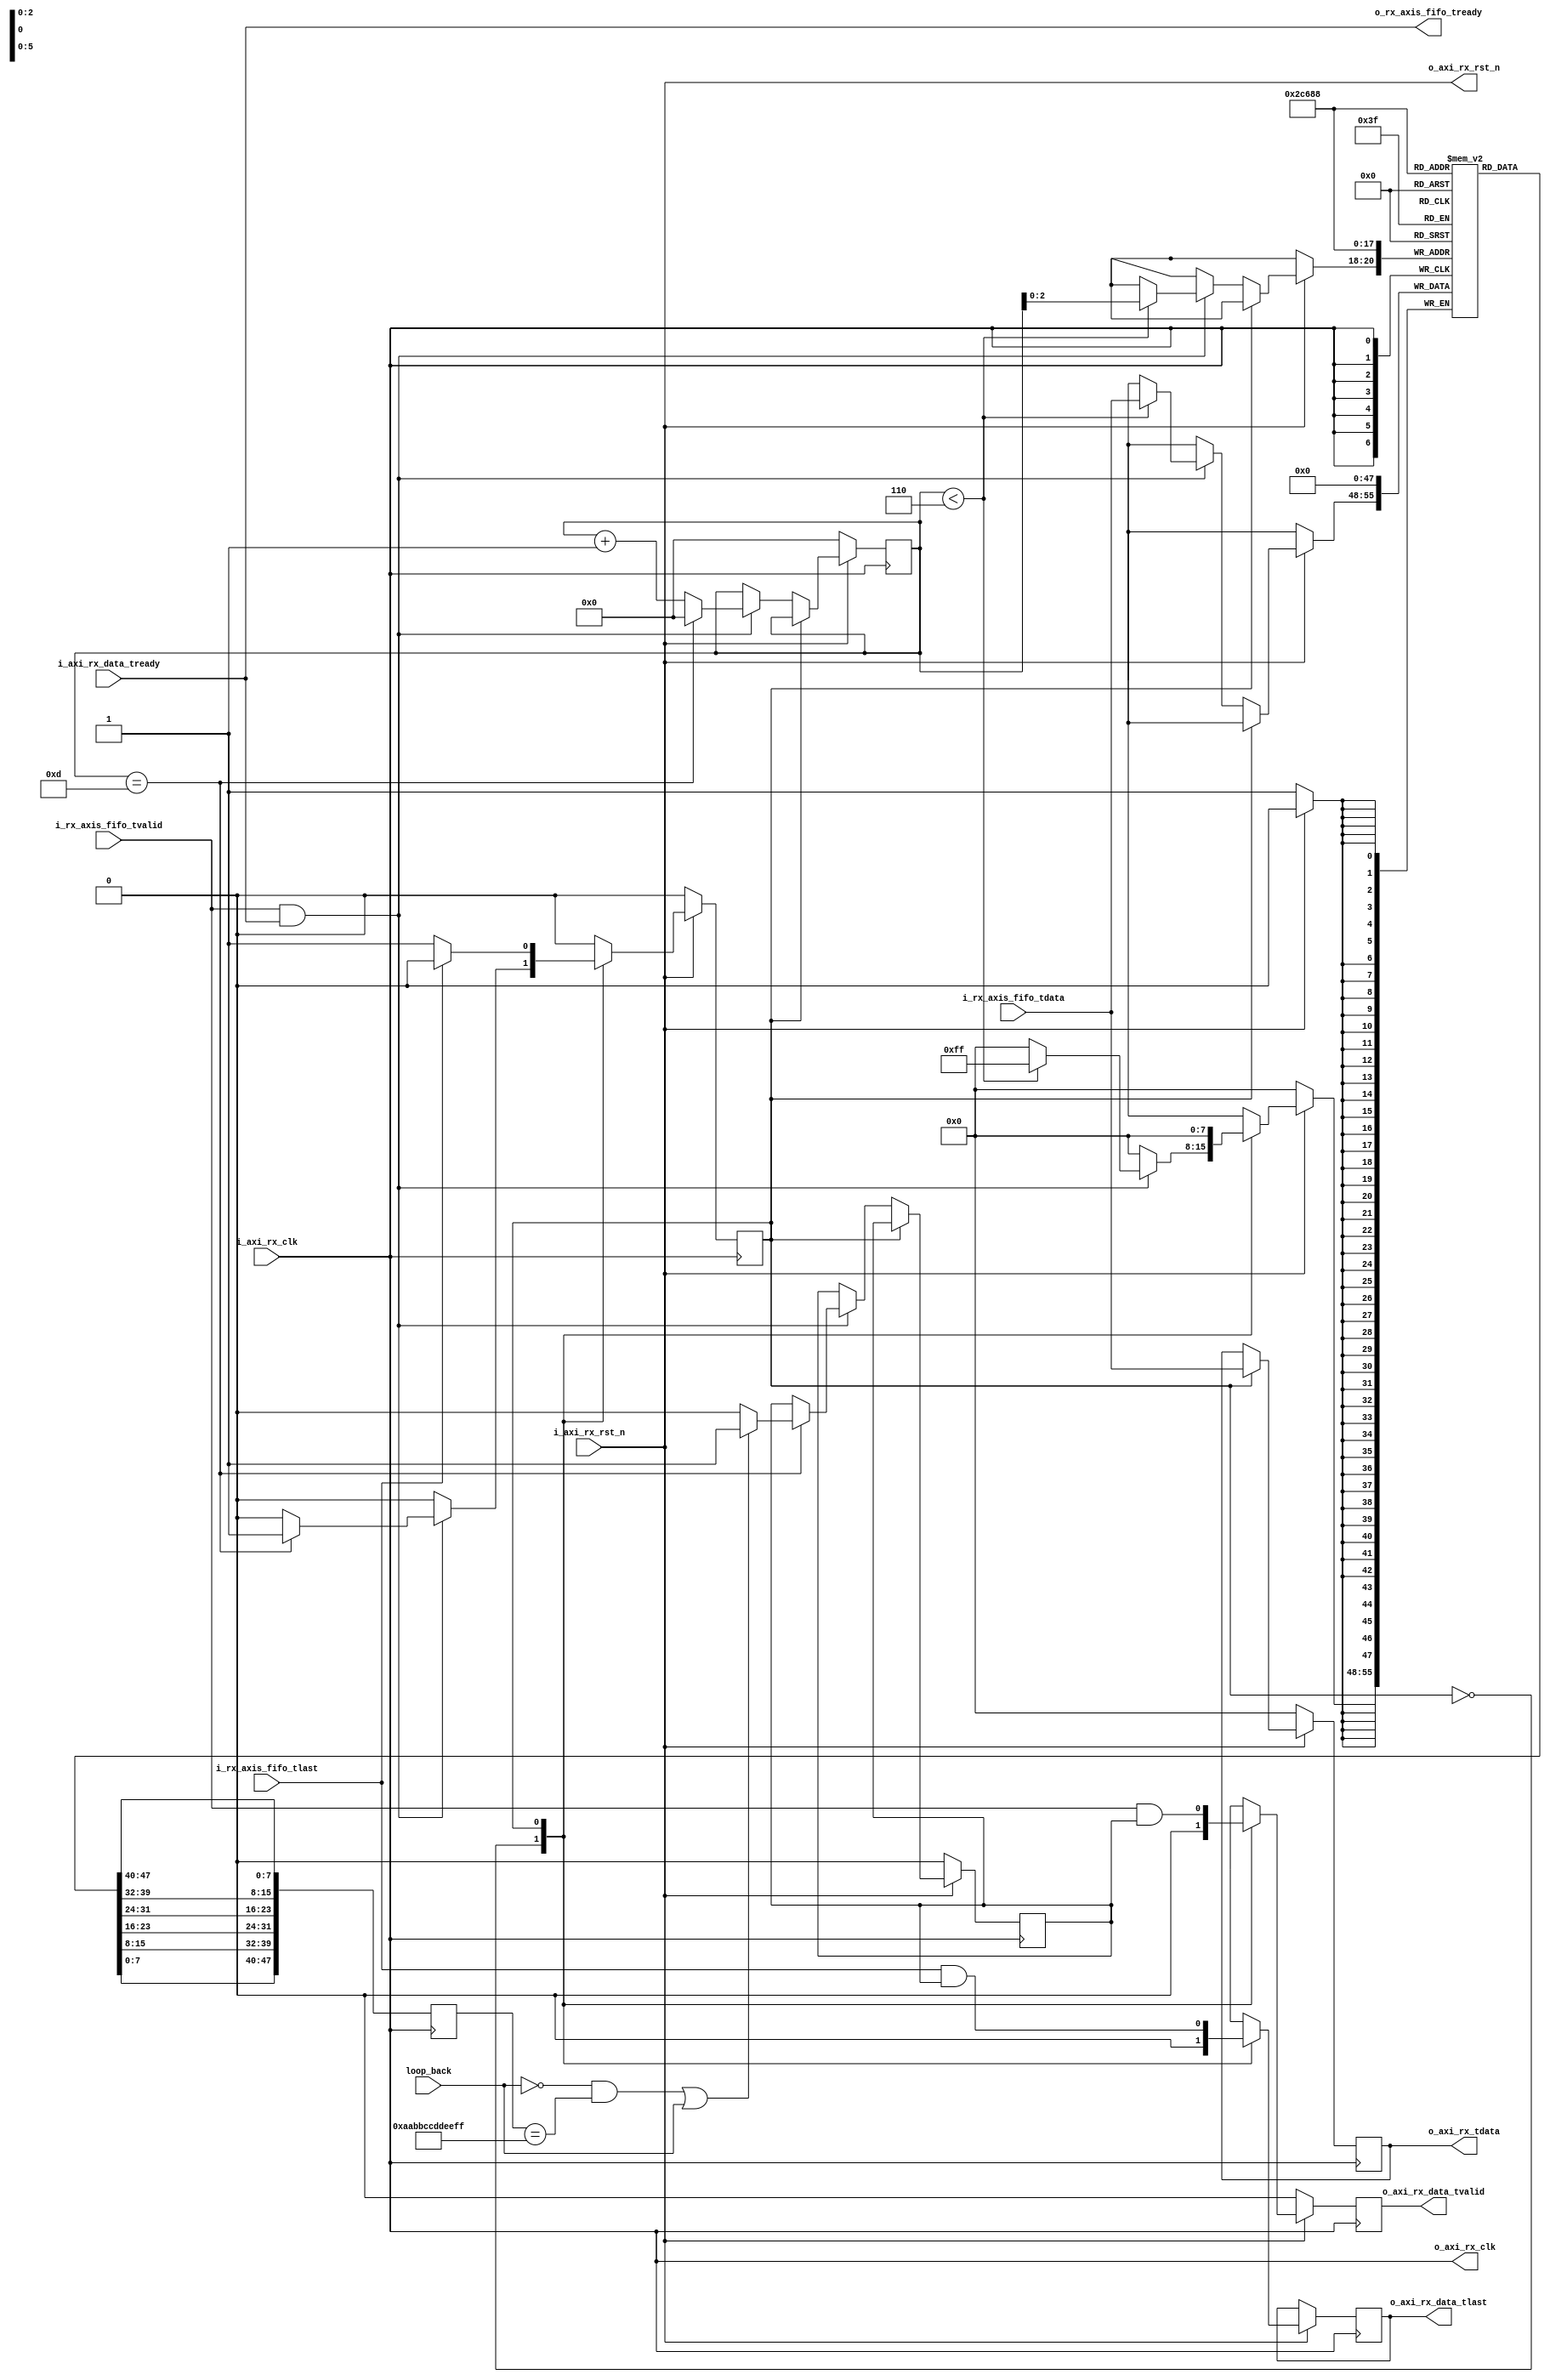
//--------------------------------------------------------------------------------
// Project    : SWITCH
// Version    : 0.2
//
// Description: Ethernet Rx Module Unpacker
//
//--------------------------------------------------------------------------------


module eth_rcr_unpack #(parameter unpack_dst_addr = 48'hAABBCCDDEEFF)(
//from ethernet client fifo
input    	      i_axi_rx_clk,
input    	      i_axi_rx_rst_n,
input    	      i_rx_axis_fifo_tvalid,
input  [7:0]      i_rx_axis_fifo_tdata,
input             i_rx_axis_fifo_tlast,
output            o_rx_axis_fifo_tready,
//to the user
output            o_axi_rx_clk,
output            o_axi_rx_rst_n,
output reg [7:0]  o_axi_rx_tdata,
output reg        o_axi_rx_data_tvalid,
input             i_axi_rx_data_tready,
output reg        o_axi_rx_data_tlast,
input             loop_back
);

assign o_axi_rx_clk   =   i_axi_rx_clk;
assign o_axi_rx_rst_n =   i_axi_rx_rst_n;
assign o_rx_axis_fifo_tready = i_axi_rx_data_tready;

reg [3:0] pkt_len_cntr;
reg [7:0] dest_addr [5:0];
reg [47:0] destination_addr;
reg state;
reg no_filter;

parameter idle       = 1'b0,
          stream_pkt = 1'b1;
 
always @(posedge i_axi_rx_clk)
begin
    if(~i_axi_rx_rst_n)
	begin
	    o_axi_rx_data_tvalid   <=    1'b0;
		state                  <=    idle;
		pkt_len_cntr           <=    4'd0;
        o_axi_rx_tdata         <=    8'd0;
        no_filter              <=    1'b0;
        dest_addr[0]           <=    8'd0;
        dest_addr[1]           <=    8'd0;
        dest_addr[2]           <=    8'd0;
        dest_addr[3]           <=    8'd0;
        dest_addr[4]           <=    8'd0;
        dest_addr[5]           <=    8'd0;
        
	end
	else
	begin
	    case(state)
	        idle:begin
			     o_axi_rx_data_tvalid <= 1'b0;
				  o_axi_rx_data_tlast  <= 1'b0;
	           if(i_rx_axis_fifo_tvalid & i_axi_rx_data_tready) //valid data transaction
		        begin
		            pkt_len_cntr <= pkt_len_cntr+1'b1;  //count the size of the pkt.
		            if(pkt_len_cntr == 'd13)            //ethernet header is 14 bytes
		            begin
                        if (((~loop_back) && (destination_addr == unpack_dst_addr)) || loop_back)
				            no_filter   <= 1'b1;
                        else
                            no_filter   <= 1'b0;
				        pkt_len_cntr <= 0;	
                        state <= stream_pkt;
				    end	
                    if(pkt_len_cntr < 'd6)
                        dest_addr[pkt_len_cntr] <= i_rx_axis_fifo_tdata; //store the destination address for filtering  
		        end
            end
			stream_pkt:begin
			   o_axi_rx_data_tvalid    <=    i_rx_axis_fifo_tvalid & no_filter;
				o_axi_rx_tdata          <=    i_rx_axis_fifo_tdata;
				o_axi_rx_data_tlast     <=    i_rx_axis_fifo_tlast & no_filter;
				if(i_rx_axis_fifo_tlast)
				begin
					state                  <=  idle;
				end	
			end
	    endcase
	end
end

always @(posedge i_axi_rx_clk)
begin
    destination_addr <= {dest_addr[0],dest_addr[1],dest_addr[2],dest_addr[3],dest_addr[4],dest_addr[5]};
end	 

endmodule